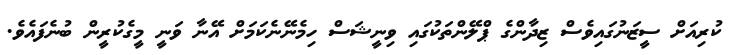
ކުރިއަށް ސީޒަނުގައިވެސް ޒިދާންގެ ޕްލޭންތަކުގައި ވިނީޝަސް ހިމެނޭނެކަމަށް އޭނާ ވަނީ މީގެކުރީން ބުނެފައެވެ.